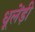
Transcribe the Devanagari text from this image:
धूलेंड़ी